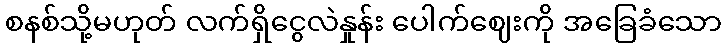
စနစ်သို့မဟုတ် လက်ရှိငွေလဲနှုန်း ပေါက်ဈေးကို အခြေခံသော